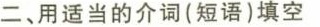
二 用适当的介词（短语）填空